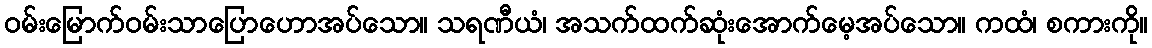
ဝမ်းမြောက်ဝမ်းသာပြောဟောအပ်သော။ သရဏီယံ၊ အသက်ထက်ဆုံးအောက်မေ့အပ်သော။ ကထံ၊ စကားကို။